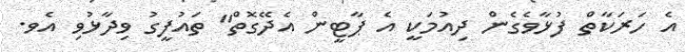
އެ ހަރަކާތް ފުޅާވެގެން ދިއުމަކީ އެ ޕާޓީން އެދޭގޮތް" ތައުފީގު ވިދާޅުވި އެވ.